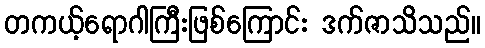
တကယ့်ရောဂါကြီးဖြစ်ကြောင်း ဒက်ဇာသိသည်။